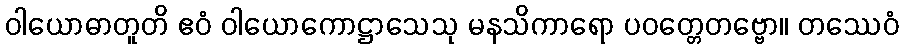
ဝါယောဓာတူတိ ဧဝံ ဝါယောကောဋ္ဌာသေသု မနသိကာရော ပဝတ္တေတဗ္ဗော။ တဿေဝံ